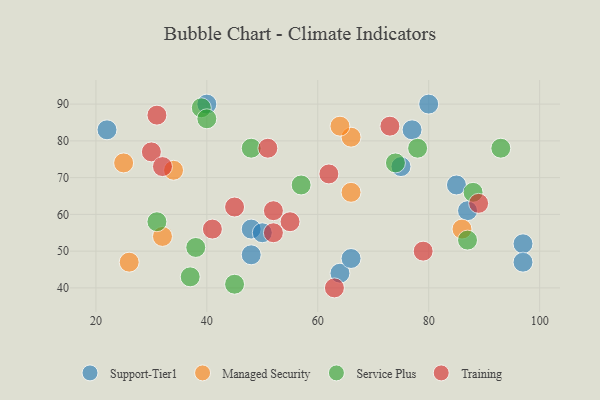
{"axis": {"x": "GDP", "y": "Life Expectancy"}, "legend": ["Managed Security", "Service Plus", "Support-Tier1", "Training"], "data": [{"x": "85", "y": 68, "type": "Support-Tier1"}, {"x": "75", "y": 73, "type": "Support-Tier1"}, {"x": "64", "y": 44, "type": "Support-Tier1"}, {"x": "87", "y": 61, "type": "Support-Tier1"}, {"x": "80", "y": 90, "type": "Support-Tier1"}, {"x": "40", "y": 90, "type": "Support-Tier1"}, {"x": "48", "y": 49, "type": "Support-Tier1"}, {"x": "77", "y": 83, "type": "Support-Tier1"}, {"x": "22", "y": 83, "type": "Support-Tier1"}, {"x": "97", "y": 52, "type": "Support-Tier1"}, {"x": "97", "y": 47, "type": "Support-Tier1"}, {"x": "48", "y": 56, "type": "Support-Tier1"}, {"x": "66", "y": 48, "type": "Support-Tier1"}, {"x": "50", "y": 55, "type": "Support-Tier1"}, {"x": "66", "y": 81, "type": "Managed Security"}, {"x": "66", "y": 66, "type": "Managed Security"}, {"x": "26", "y": 47, "type": "Managed Security"}, {"x": "64", "y": 84, "type": "Managed Security"}, {"x": "32", "y": 54, "type": "Managed Security"}, {"x": "34", "y": 72, "type": "Managed Security"}, {"x": "25", "y": 74, "type": "Managed Security"}, {"x": "86", "y": 56, "type": "Managed Security"}, {"x": "37", "y": 43, "type": "Service Plus"}, {"x": "78", "y": 78, "type": "Service Plus"}, {"x": "74", "y": 74, "type": "Service Plus"}, {"x": "88", "y": 66, "type": "Service Plus"}, {"x": "39", "y": 89, "type": "Service Plus"}, {"x": "93", "y": 78, "type": "Service Plus"}, {"x": "31", "y": 58, "type": "Service Plus"}, {"x": "45", "y": 41, "type": "Service Plus"}, {"x": "48", "y": 78, "type": "Service Plus"}, {"x": "87", "y": 53, "type": "Service Plus"}, {"x": "57", "y": 68, "type": "Service Plus"}, {"x": "40", "y": 86, "type": "Service Plus"}, {"x": "38", "y": 51, "type": "Service Plus"}, {"x": "63", "y": 40, "type": "Training"}, {"x": "41", "y": 56, "type": "Training"}, {"x": "30", "y": 77, "type": "Training"}, {"x": "62", "y": 71, "type": "Training"}, {"x": "79", "y": 50, "type": "Training"}, {"x": "55", "y": 58, "type": "Training"}, {"x": "31", "y": 87, "type": "Training"}, {"x": "32", "y": 73, "type": "Training"}, {"x": "73", "y": 84, "type": "Training"}, {"x": "52", "y": 61, "type": "Training"}, {"x": "52", "y": 55, "type": "Training"}, {"x": "51", "y": 78, "type": "Training"}, {"x": "89", "y": 63, "type": "Training"}, {"x": "45", "y": 62, "type": "Training"}]}